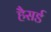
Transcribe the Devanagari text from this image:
हैसर्ड